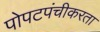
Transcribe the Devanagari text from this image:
पोपटपंचीकरता